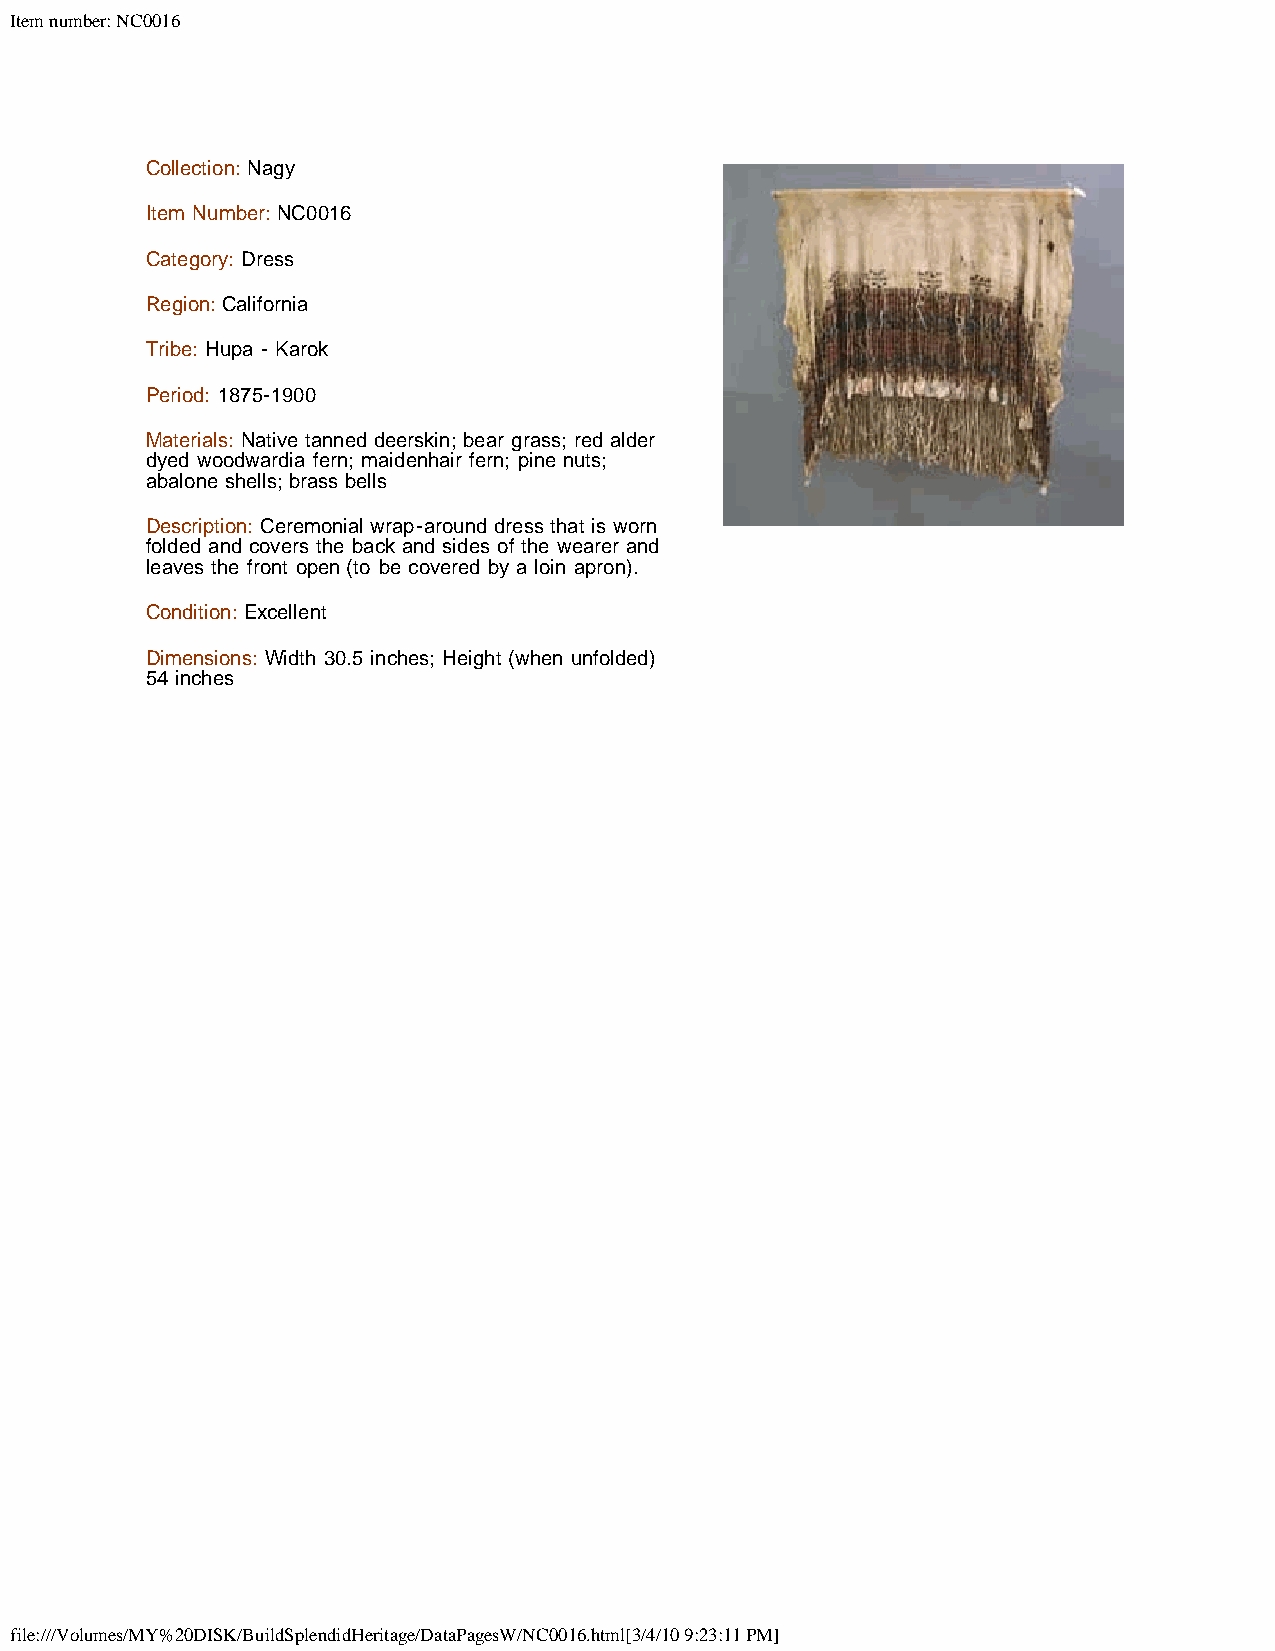
Item number: NC0016
 Collection: Nagy
 Item Number: NC0016
 Category: Dress
 Region: California
 Tribe: Hupa - Karok
 Period: 1875-1900
 Materials: Native tanned deerskin; bear grass; red alder
 dyed woodwardia fern; maidenhair fern; pine nuts;
 abalone shells; brass bells
 Description: Ceremonial wrap-around dress that is worn
 folded and covers the back and sides of the wearer and
 leaves the front open (to be covered by a loin apron).
 Condition: Excellent
 Dimensions: Width 30.5 inches; Height (when unfolded)
 54 inches
 file:///Volumes/MY%20DISK/BuildSplendidHeritage/DataPagesW/NC0016.html[3/4/10 9:23:11 PM]